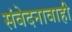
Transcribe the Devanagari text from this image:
संवेदनावाही